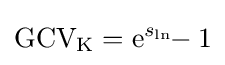
\mathrm {GCV_{K}} ={\mathrm {e} ^{s_{\ln }}\!\!-1}